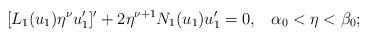
LaTeX: \begin{align*} [L_1(u_1)\eta^{\nu}u_1']'+2\eta^{\nu+1}N_1(u_1)u_1'=0,\;\;\;\alpha_0<\eta<\beta_0;\end{align*}